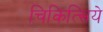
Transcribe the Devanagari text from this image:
चिकित्सिये